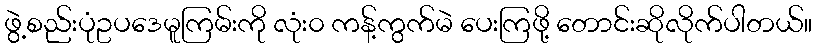
ဖွဲ့စည်းပုံဥပဒေမူကြမ်းကို လုံး၀ ကန့်ကွက်မဲ ပေးကြဖို့ တောင်းဆိုလိုက်ပါတယ်။